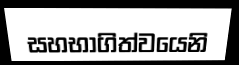
සහභාගිත්වයෙනි